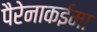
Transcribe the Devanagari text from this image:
पैरेनाकईमा